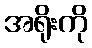
အရိုးကို